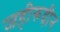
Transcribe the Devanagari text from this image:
जहीरूद्दीन